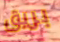
بريق